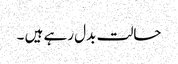
حالت بدل رہے ہیں ۔